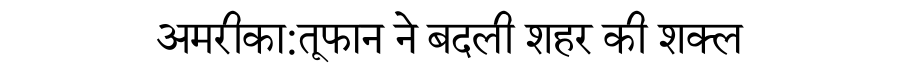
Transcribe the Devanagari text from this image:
अमरीका:तूफान ने बदली शहर की शक्ल